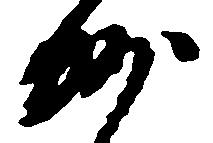
州